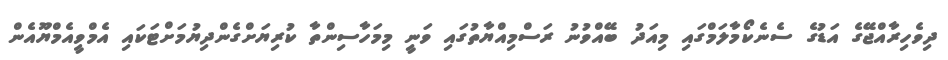
ދިވެހިރާއްޖޭގެ އަޑުގެ ސެނެކޯމާލަމްގައި މިއަދު ބޭއްވުނު ރަސްމިއްޔާތުގައި ވަނިީ މިމަހާސިންތާ ކުރިޔަށްގެންދިޔުމަށްޓަކައި އެމްވީއެމްޔޫއެން